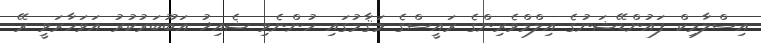
އިސްލާމިކް ފައުންޑޭޝަނުގެ އިލްމްވެރިންގެ ރައީސްގެ މަޤާމުގައި ހުންނެވި ޝެއިޚު އަބޫބަރުކުރު އަވަހާރަވީ ރޭ